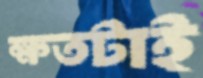
ক্ষতটাই